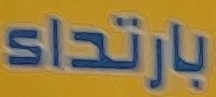
بارتداء